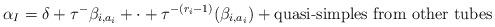
LaTeX: \begin{align*} \alpha_I = \delta + \tau^{-}\beta_{i,a_i} + \cdot + \tau^{-(r_i-1)}(\beta_{i,a_i}) + \mbox{quasi-simples from other tubes}\end{align*}